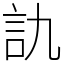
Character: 訅